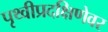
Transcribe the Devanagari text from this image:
पृथ्वीप्रदक्षिणेवर